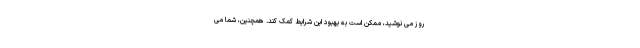
روز می نوشید، ممکن است به بهبود این شرایط کمک کند. همچنین، شما می